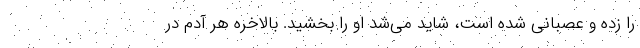
را زده و عصبانی شده است، شاید می‌شد او را بخشید. بالاخره هر آدم در